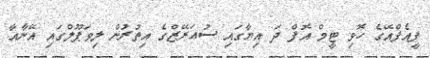
ޕީއެފްއޭގެ ހޮވި ޓީމް އޮފް ދަ އިޔާގައި ސުއަރޭޒްގެ އިތުރުން ލިވަޕޫލްގައި އޭނާއާ